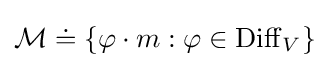
{\mathcal {M}}\doteq \{\varphi \cdot m:\varphi \in \operatorname {Diff} _{V}\}